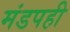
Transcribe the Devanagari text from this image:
मंडपही